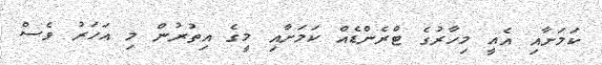
ކަމަށާއި އެއީ މިހާރުގެ ޓްރެންޑެއް ކަމަށާއި މީގެ އިތުރުން މި އަހަރު ވެސް